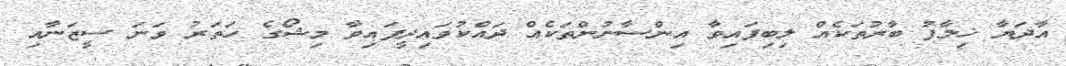
އާދަޔާ ޚިލާފު ބާރުތަކެއް ލިބިފައިވާ އިންސާނުންތަކެއް ދައްކުވައިދީފައިވާ މިޝޯގެ ހަތަރު ވަނަ ސީޒަނާއި